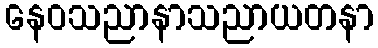
နေဝသညာနာသညာယတနာ